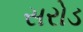
સરોડ